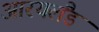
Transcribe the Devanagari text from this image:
आरयलैंड